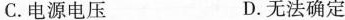
C.电源电压 D.无法确定